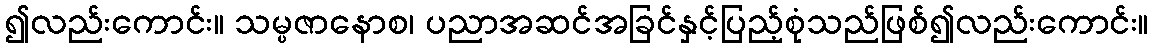
၍လည်းကောင်း။ သမ္ပဇာနောစ၊ ပညာအဆင်အခြင်နှင့်ပြည့်စုံသည်ဖြစ်၍လည်းကောင်း။